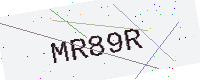
Text: MR89R